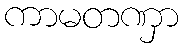
ကာမတဏှာ